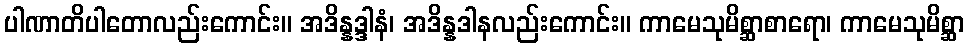
ပါဏာတိပါတောလည်းကောင်း။ အဒိန္နဒ္ဒါနံ၊ အဒိန္နဒါနလည်းကောင်း။ ကာမေသုမိစ္ဆာစာရော၊ ကာမေသုမိစ္ဆာ